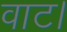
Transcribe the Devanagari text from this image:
वाट।